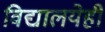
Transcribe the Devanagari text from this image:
विद्यालयेही